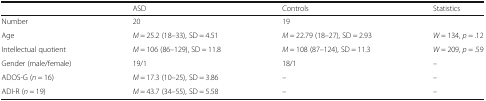
|  | ASD | Controls | Statistics |
 | --- | --- | --- | --- |
 | Number | 20 | 19 |  |
 | Age | M = 25.2 (18–33), SD = 4.51 | M = 22.79 (18–27), SD = 2.93 | W = 134, p = .12 |
 | Intellectual quotient | M = 106 (86–129), SD = 11.8 | M = 108 (87–124), SD = 11.3 | W = 209, p = .59 |
 | Gender (male/female) | 19/1 | 18/1 | – |
 | ADOS-G (n = 16) | M = 17.3 (10–25), SD = 3.86 | – | – |
 | ADI-R (n = 19) | M = 43.7 (34–55), SD = 5.58 | – | – |